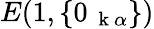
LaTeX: E(1,\{ 0_{\mathrm{~\mathbf~k~}\alpha}\} )